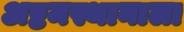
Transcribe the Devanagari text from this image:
अष्टमस्थानाला